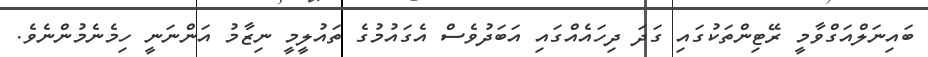
ބައިނަލްއަގްވާމީ ރޭޓިންތަކުގައި ގަދަ ދިހައެއްގައި އަބަދުވެސް އެގައުމުގެ ތައުލީމީ ނިޒާމު އަންނަނީ ހިމެނެމުންނެވެ.